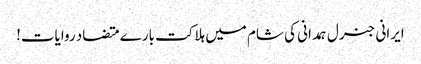
ایرانی جنرل ہمدانی کی شام میں ہلاکت بارے متضاد روایات!